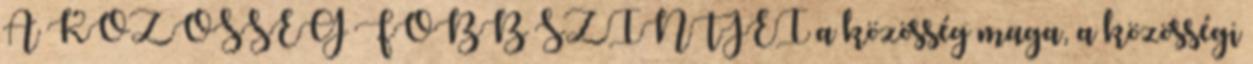
A KÖZÖSSÉG FŐBB SZINTJEI a közösség maga, a közösségi